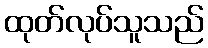
ထုတ်လုပ်သူသည်